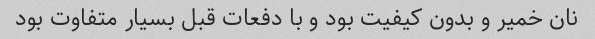
نان خمیر و بدون کیفیت بود و با دفعات قبل بسیار متفاوت بود